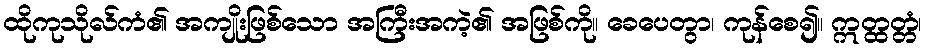
ထိုကုသိုလ်ကံ၏ အကျိုးဖြစ်သော အကြီးအကဲ့၏ အဖြစ်ကို။ ခေပေတွာ၊ ကုန်စေ၍။ ဣတ္ထတ္တံ၊